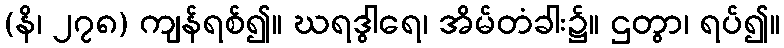
(နိ၊ ၂၇၈) ကျန်ရစ်၍။ ဃရဒွါရေ၊ အိမ်တံခါး၌။ ဌတွာ၊ ရပ်၍။